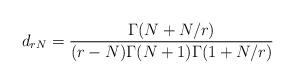
LaTeX: \begin{align*} d_{rN}= \frac{\Gamma(N+N/r)}{(r-N)\Gamma(N+1) \Gamma(1+N/r)}\end{align*}